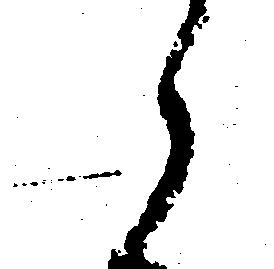
候